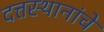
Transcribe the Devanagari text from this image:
दत्तस्थानांचे